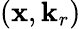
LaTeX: (\mathbf{x},\mathbf{k}_{r})